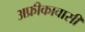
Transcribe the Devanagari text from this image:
अफ्रीकावासी